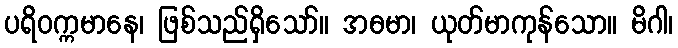
ပရိဝက္ကမာနေ၊ ဖြစ်သည်ရှိသော်။ အဓမာ၊ ယုတ်မာကုန်သော။ မိဂါ၊